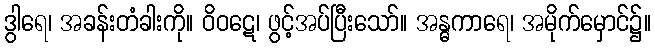
ဒွါရေ၊ အခန်းတံခါးကို။ ဝိဝဋေ၊ ဖွင့်အပ်ပြီးသော်။ အန္ဓကာရေ၊ အမိုက်မှောင်၌။